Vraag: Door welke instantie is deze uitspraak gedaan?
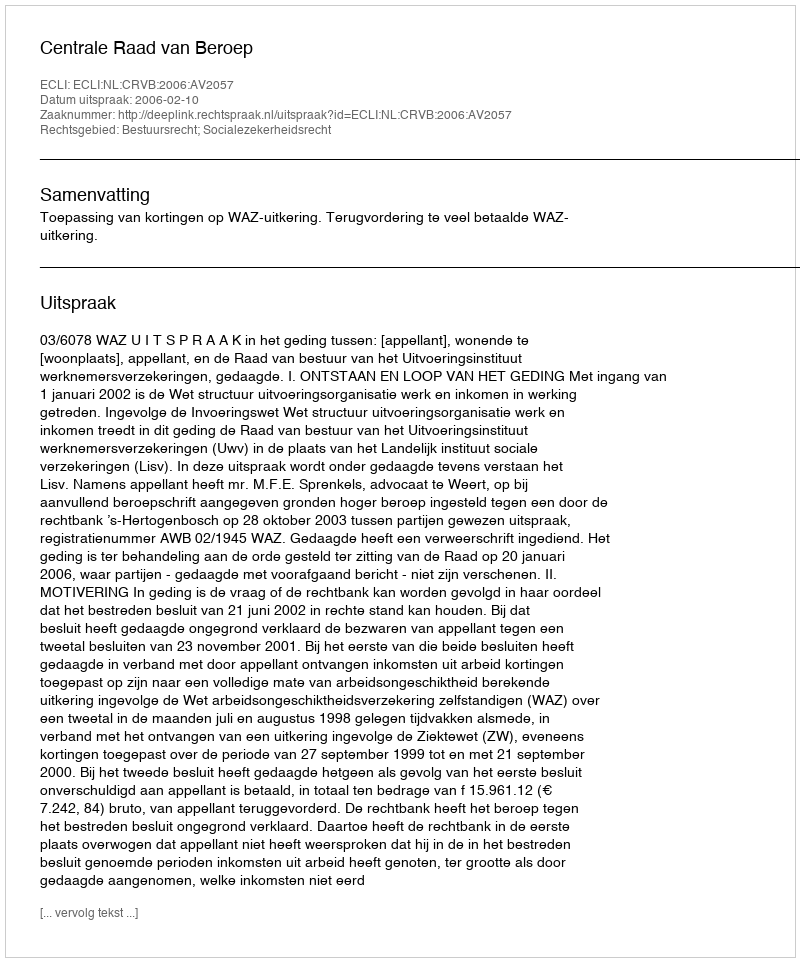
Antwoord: Centrale Raad van Beroep